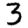
Digit: 3